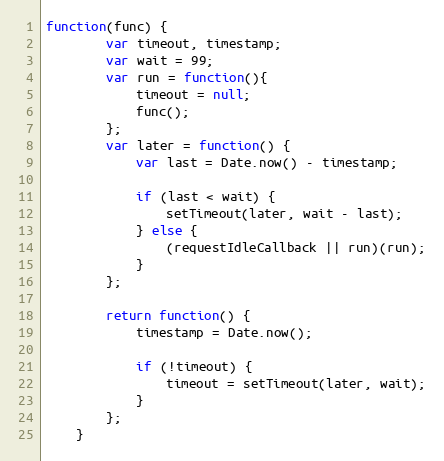
Language: JavaScript
function(func) {
		var timeout, timestamp;
		var wait = 99;
		var run = function(){
			timeout = null;
			func();
		};
		var later = function() {
			var last = Date.now() - timestamp;

			if (last < wait) {
				setTimeout(later, wait - last);
			} else {
				(requestIdleCallback || run)(run);
			}
		};

		return function() {
			timestamp = Date.now();

			if (!timeout) {
				timeout = setTimeout(later, wait);
			}
		};
	}